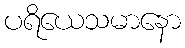
ပရိယေသမာနော